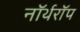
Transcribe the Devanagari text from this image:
नॉर्थरॉप